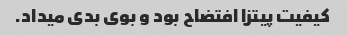
کیفیت پیتزا افتضاح بود و بوی بدی میداد.